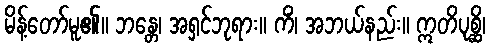
မိန့်တော်မူ၏။ ဘန္တေ၊ အရှင်ဘုရား။ ကိံ၊ အဘယ်နည်း။ ဣတိပုစ္ဆိ၊